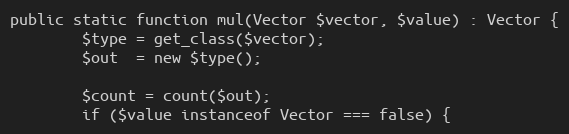
Language: PHP
public static function mul(Vector $vector, $value) : Vector {
        $type = get_class($vector);
        $out  = new $type();

        $count = count($out);
        if ($value instanceof Vector === false) {